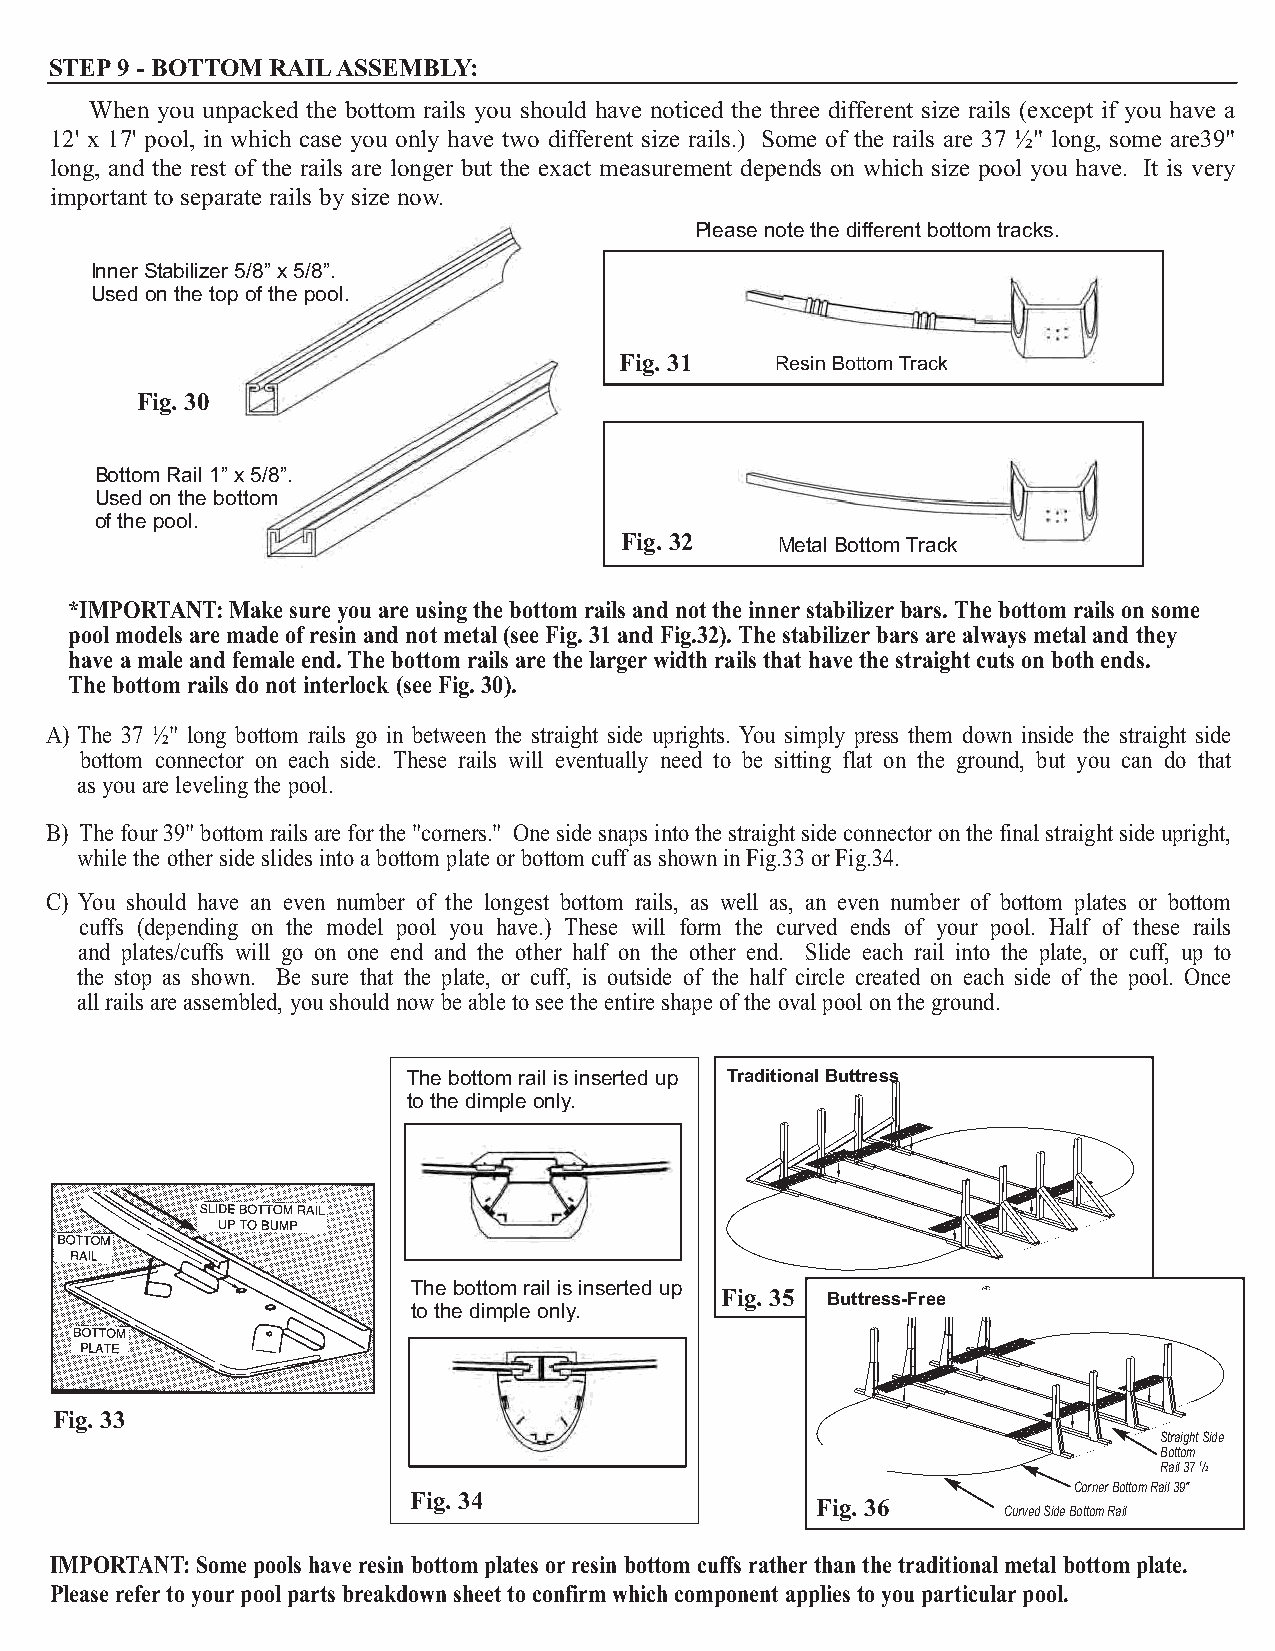
STEP9 - BOTTOM RAILASSEMBLY:
 When you unpacked the bottom rails you should have noticed the three different size rails (except if you have a
 12' x 17' pool, in which case you only have two different size rails.) Some of the rails are 37 ½" long, some are39"
 long, and the rest of the rails are longer but the exact measurement depends on which size pool you have. It is very
 important to separate rails by size now.
 Please note the different bottom tracks.
 Inner Stabilizer 5/8” x 5/8”.
 Used on the top of the pool.
 Fig. 31   Resin Bottom Track
 Fig. 30
 Bottom Rail 1” x 5/8”.
 Used on the bottom
 of the pool.
 Fig. 32   Metal Bottom Track
 *IMPORTANT: Make sure you are using the bottom rails and not the innerstabilizerbars. The bottom rails on some
 pool models are made of resin and not metal (see Fig. 31 and Fig.32). The stabilizerbars are always metal and they
 have a male and female end. The bottom rails are the largerwidth rails that have the straight cuts on both ends.
 The bottom rails do not interlock (see Fig. 30).
 A) The 37 ½" long bottom rails go in between the straight side uprights. You simply press them down inside the straight side
 bottom connector on each side. These rails will eventually need to be sitting flat on the ground, but you can do that
 as you are leveling the pool.
 B) The four 39" bottom rails are for the "corners." One side snaps into the straight side connector on the final straight side upright,
 while the other side slides into a bottom plate or bottom cuff as shown in Fig.33 or Fig.34.
 C) You should have an even number of the longest bottom rails, as well as, an even number of bottom plates or bottom
 cuffs (depending on the model pool you have.) These will form the curved ends of your pool. Half of these rails
 and plates/cuffs will go on one end and the other half on the other end. Slide each rail into the plate, or cuff, up to
 the stop as shown. Be sure that the plate, or cuff, is outside of the half circle created on each side of the pool. Once
 all rails are assembled, you should now be able to see the entire shape of the oval pool on the ground.
 The bottom rail is inserted up Traditional Buttress
 to the dimple only.
 The bottom rail is inserted up
 Fig. 35 Buttress-Free
 to the dimple only.
 Fig. 33
 Straight Side
 Bottom
 Rail 37 1/2
 Corner Bottom Rail 39"
 Fig. 34
 Fig. 36
 Curved Side Bottom Rail
 IMPORTANT: Some pools have resin bottom plates orresin bottom cuffs ratherthan the traditional metal bottom plate.
 Please referto yourpool parts breakdown sheet to confirm which component applies to you particularpool.